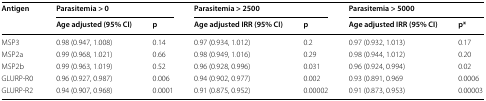
<table><thead><tr><td rowspan="2"><b>Antigen</b></td><td colspan="2"><b>Parasitemia &gt; 0</b></td><td colspan="2"><b>Parasitemia &gt; 2500</b></td><td colspan="2"><b>Parasitemia &gt; 5000</b></td></tr><tr><td><b>Age adjusted (95% CI)</b></td><td><b>p</b></td><td><b>Age adjusted IRR (95% CI)</b></td><td><b>p</b></td><td><b>Age adjusted IRR (95% CI)</b></td><td><b>p*</b></td></tr></thead><tbody><tr><td>MSP3</td><td>0.98 (0.947, 1.008)</td><td>0.14</td><td>0.97 (0.934, 1.012)</td><td>0.2</td><td>0.97 (0.932, 1.013)</td><td>0.17</td></tr><tr><td>MSP2a</td><td>0.99 (0.968, 1.021)</td><td>0.66</td><td>0.98 (0.949, 1.016)</td><td>0.29</td><td>0.98 (0.944, 1.012)</td><td>0.20</td></tr><tr><td>MSP2b</td><td>0.99 (0.963, 1.019)</td><td>0.52</td><td>0.96 (0.928, 0.996)</td><td>0.031</td><td>0.96 (0.924, 0.994)</td><td>0.02</td></tr><tr><td>GLURP-R0</td><td>0.96 (0.927, 0.987)</td><td>0.006</td><td>0.94 (0.902, 0.977)</td><td>0.002</td><td>0.93 (0.891, 0.969</td><td>0.0006</td></tr><tr><td>GLURP-R2</td><td>0.94 (0.907, 0.968)</td><td>0.0001</td><td>0.91 (0.875, 0.952)</td><td>0.00002</td><td>0.91 (0.873, 0.953)</td><td>0.00003</td></tr></tbody></table>